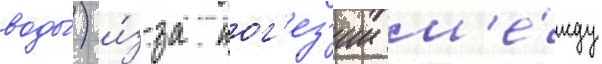
воды́) и́з-за ког'ез'ии м'е́жду